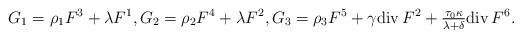
\begin{align*}G_{1} = \rho_{1} F^{3} + \lambda F^{1}, G_{2} = \rho_{2} F^{4} + \lambda F^{2}, G_{3} = \rho_{3} F^{5} + \gamma \mathrm{div}\, F^{2} + \tfrac{\tau_{0} \kappa}{\lambda + \delta} \mathrm{div}\, F^{6}. \end{align*}